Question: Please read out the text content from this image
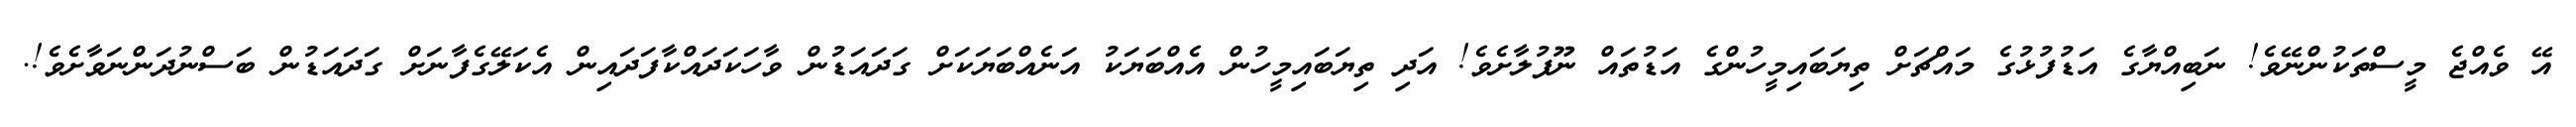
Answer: އޭ ވެއްޖެ މީސްތަކުންނޭވެ! ނަބިއްޔާގެ އަޑުފުޅުގެ މައްޗަށް ތިޔަބައިމީހުންގެ އަޑުތައް ނޫފުލާށެވެ! އަދި ތިޔަބައިމީހުން އެއްބަޔަކު އަނެއްބަޔަކަށް ގަދައަޑުން ވާހަކަދައްކާފަދައިން އެކަލޭގެފާނަށް ގަދައަޑުން ބަސްނުދަންނަވާށެވެ!.